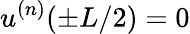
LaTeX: u^{(n)}(\pm L/2)=0